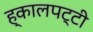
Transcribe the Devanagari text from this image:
ह्कालपट्टी